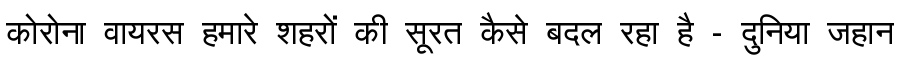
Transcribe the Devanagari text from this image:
कोरोना वायरस हमारे शहरों की सूरत कैसे बदल रहा है - दुनिया जहान